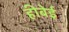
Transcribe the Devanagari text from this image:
हीबेई